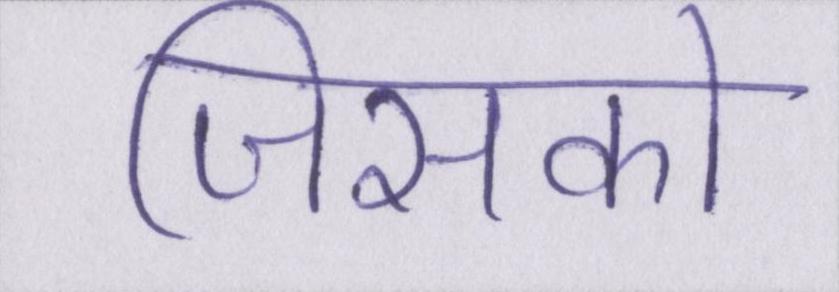
जिसको